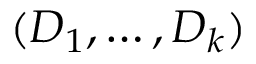
( D _ { 1 } , \hdots , D _ { k } )